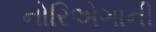
નોરિએગાની